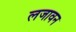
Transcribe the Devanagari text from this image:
लजावन